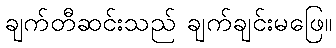
ချက်တီဆင်းသည် ချက်ချင်းမဖြေ။